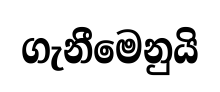
ගැනීමෙනුයි